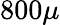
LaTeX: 800\mu